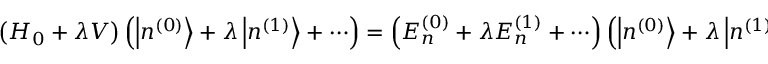
\left( H _ { 0 } + \lambda V \right) \left( \left| n ^ { ( 0 ) } \right\rangle + \lambda \left| n ^ { ( 1 ) } \right\rangle + \cdots \right) = \left( E _ { n } ^ { ( 0 ) } + \lambda E _ { n } ^ { ( 1 ) } + \cdots \right) \left( \left| n ^ { ( 0 ) } \right\rangle + \lambda \left| n ^ { ( 1 ) } \right\rangle + \cdots \right) .